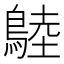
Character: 𪂚